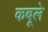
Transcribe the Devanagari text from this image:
कबूले